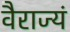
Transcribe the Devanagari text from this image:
वैराज्यं